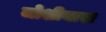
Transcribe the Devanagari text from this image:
जोशीयारा